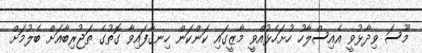
މޫސަ ވިދާޅުވީ އެއިސްލާހު ހުށަހެޅުއްވީ މާޒީގައި ކަންކަން ހިނގާފައިވާ ގޮތުގެ ތަޖުރިބާއަށް ބެލުމަށް